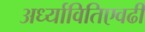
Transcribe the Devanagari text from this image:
अर्ध्यावितिएवढी